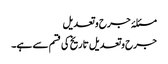
مسئلۂ جرح و تعدیل
جرح وتعدیل تاریخ کی قسم سے ہے۔